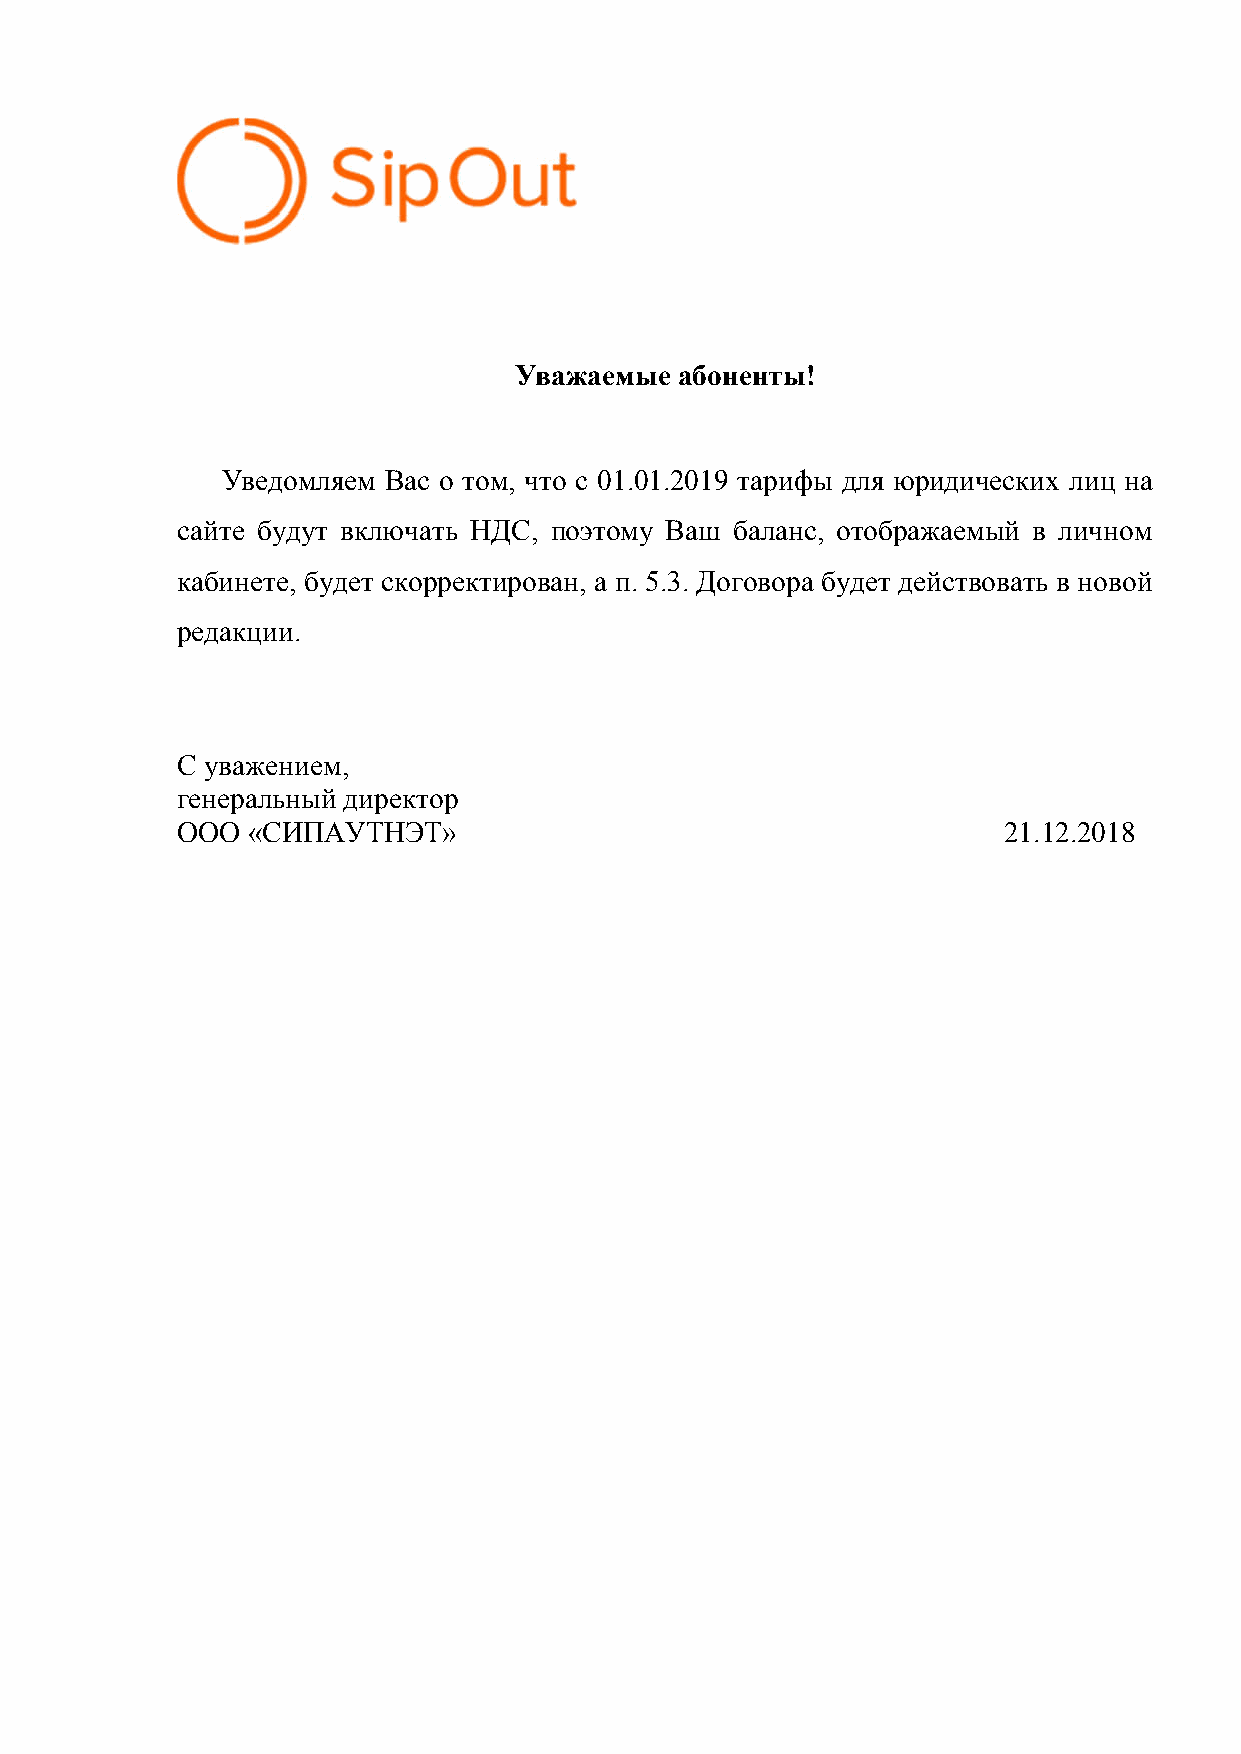
Уважаемые  абоненты!
 Уведомляем Вас о том, что с 01.01.2019 тарифы для юридических лиц на
 сайте будут включать НДС, поэтому Ваш баланс, отображаемый в личном
 кабинете, будет скорректирован, а п. 5.3. Договора будет действовать в новой
 редакции.
 С уважением,
 генеральный директор
 ООО «СИПАУТНЭТ»                                       21.12.2018